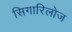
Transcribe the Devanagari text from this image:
सिगारिलोज